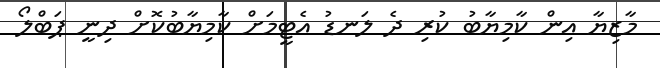
މާޒިޔާ އިން ކާމިޔާބު ކުރި ދެ ލަނޑު އެޓީމަށް ކާމިޔާބުކޮށް ދިނީ ޕަބްލޯ